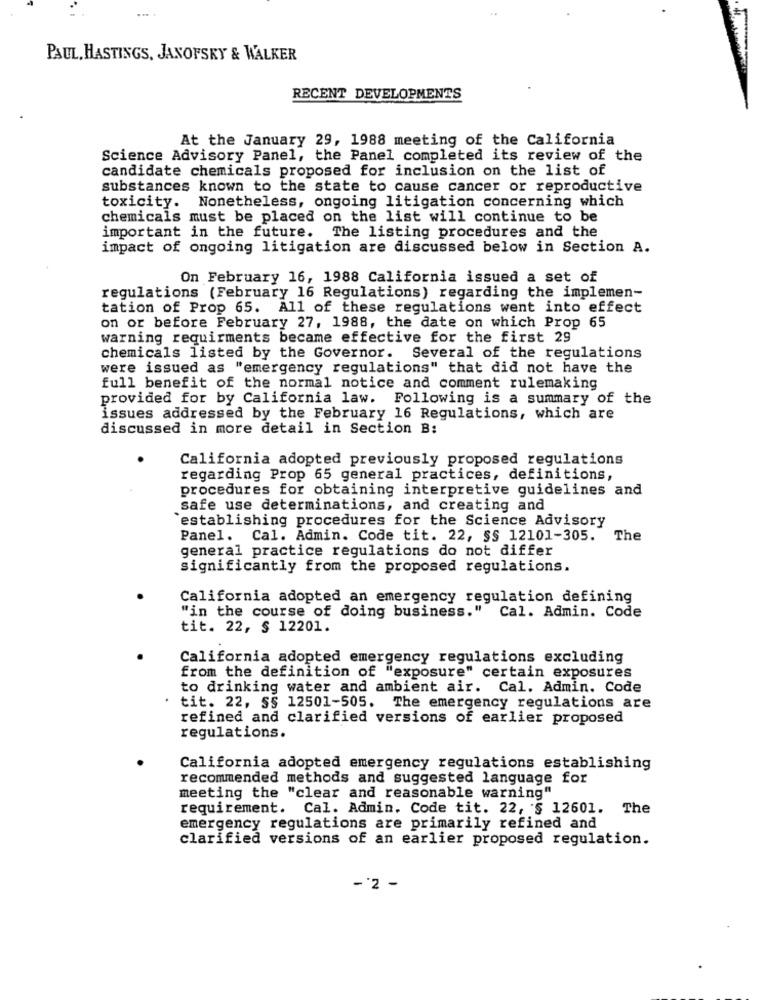
PAUL, HASTINGS, JANOFSKY & WALKER
RECENT DEVELOPMENTS
At the January 29, 1988 meeting of the California
Science Advisory Panel, the Panel completed its review of the
candidate chemicals proposed for inclusion on the list of
substances known to the state to cause cancer or reproductive
toxicity. Nonetheless, ongoing litigation concerning which
chemicals must be placed on the list will continue to be
important in the future. The listing procedures and the
impact of ongoing litigation are discussed below in Section A.
On February 16, 1988 California issued a set of
regulations (February 16 Regulations) regarding the implemen-
tation of Prop 65. All of these regulations went into effect
on or before February 27, 1988, the date on which Prop 65
warning requirments became effective for the first 29
chemicals listed by the Governor. Several of the regulations
were issued as "emergency regulations" that did not have the
full benefit of the normal notice and comment rulemaking
provided for by California law. Following is a summary of the
issues addressed by the February 16 Regulations, which are
discussed in more detail in Section B:
California adopted previously proposed regulations
regarding Prop 65 general practices, definitions,
procedures for obtaining interpretive guidelines and
safe use determinations, and creating and
`establishing procedures for the Science Advisory
Panel. Cal. Admin. Code tit. 22, §§ 12101-305.
The
general practice regulations do not differ
significantly from the proposed regulations.
California adopted an emergency regulation defining
"in the course of doing business." Cal. Admin. Code
tit. 22, $ 12201.
California adopted emergency regulations excluding
from the definition of "exposure" certain exposures
to drinking water and ambient air. Cal. Admin. Code
tit. 22, §§ 12501-505. The emergency regulations are
refined and clarified versions of earlier proposed
regulations.
California adopted emergency regulations establishing
recommended methods and suggested language for
meeting the "clear and reasonable warning"
requirement. Cal. Admin. Code tit. 22, '§ 12601. The
emergency regulations are primarily refined and
clarified versions of an earlier proposed regulation.
-'2 -